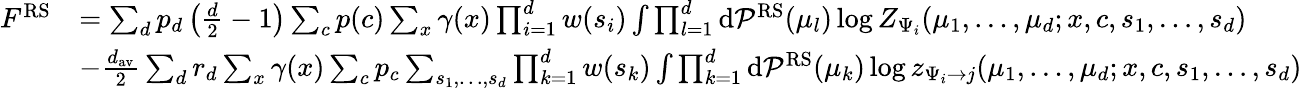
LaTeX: \begin{array}{r}{\begin{array}{rl}{F^{\mathrm{RS}}}&{=\sum_{d}p_{d}\left(\frac{d}{2}-1\right)\sum_{c}p(c)\sum_{x}\gamma(x)\prod_{i=1}^{d}w(s_{i})\int\prod_{l=1}^{d}\mathrm{d}\mathcal{P}^{\mathrm{RS}}(\mu_{l})\log Z_{\Psi_{i}}(\mu_{1},\dots,\mu_{d};x,c,s_{1},\dots,s_{d})}\\ &{-\frac{d_{\mathrm{av}}}{2}\sum_{d}r_{d}\sum_{x}\gamma(x)\sum_{c}p_{c}\sum_{s_{1},\dots,s_{d}}\prod_{k=1}^{d}w(s_{k})\int\prod_{k=1}^{d}\mathrm{d}\mathcal{P}^{\mathrm{RS}}(\mu_{k})\log z_{\Psi_{i}\to j}(\mu_{1},\dots,\mu_{d};x,c,s_{1},\dots,s_{d})}\end{array}}\end{array}